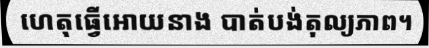
ហេតុធ្វើអោយនាង បាត់បង់តុល្យភាព។